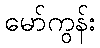
မော်ကွန်း